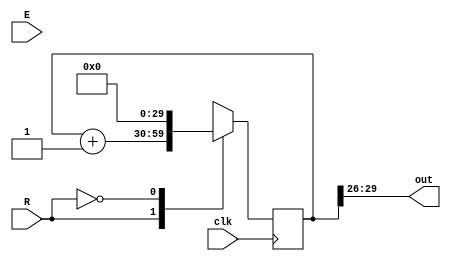
module cntr_30b(
	input clk,R,E,
	output [3:0] out
	//output [29:0] cntr
	);
	
	reg [29:0] cntr;
	assign out[3:0] = cntr[29:26];
	
		

	
	always @(posedge clk)
	begin
		case(R)
			1'b1: cntr[29:0] <= cntr[29:0] + 30'b1;
			1'b0: cntr[29:0] <= 30'b0;
			default: cntr[29:0] <= cntr[29:0] + 30'b1;
		endcase
		
//		cntr[29:0] <= cntr[29:0] + 30'b1;
	end
	
	
endmodule